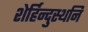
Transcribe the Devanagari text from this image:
शेर्हिन्दुस्थनि